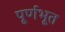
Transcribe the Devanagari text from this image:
पूर्णभूत